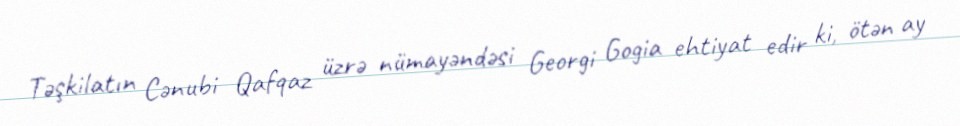
Təşkilatın Cənubi Qafqaz üzrə nümayəndəsi Georgi Gogia ehtiyat edir ki, ötən ay